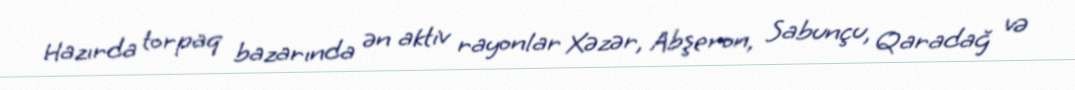
Hazırda torpaq bazarında ən aktiv rayonlar Xəzər, Abşeron, Sabunçu, Qaradağ və